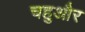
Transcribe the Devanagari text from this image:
चहुऔर